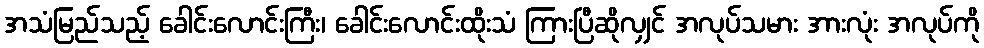
အသံမြည်သည့် ခေါင်းလောင်းကြီး၊ ခေါင်းလောင်းထိုးသံ ကြားပြီဆိုလျှင် အလုပ်သမား အားလုံး အလုပ်ကို